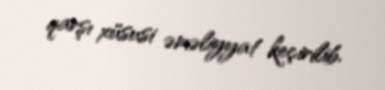
qarşı xüsusi əməliyyat keçirilib.